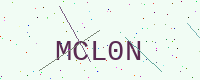
Text: MCL0N